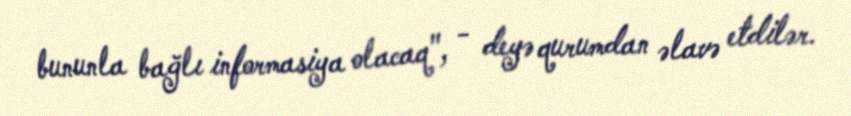
bununla bağlı informasiya olacaq", - deyə qurumdan əlavə etdilər.